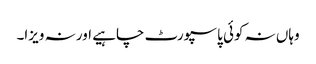
وہاں نہ کوئی پاسپورٹ چاہیے اور نہ ویزا۔